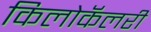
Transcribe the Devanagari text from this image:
किलोकॅलरी